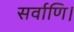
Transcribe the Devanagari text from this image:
सर्वाणि।